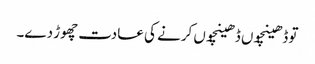
تو ڈھینچوں ڈھینچوں کرنے کی عادت چھوڑ دے۔